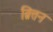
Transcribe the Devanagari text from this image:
ब्रित्तन